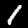
Digit: 1